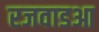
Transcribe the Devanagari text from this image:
रजवाडआ